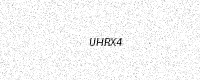
Text: UHRX4